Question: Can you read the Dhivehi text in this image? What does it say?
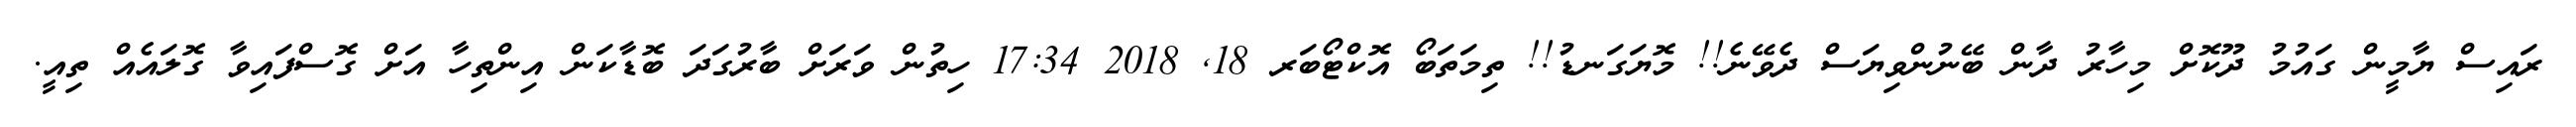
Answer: ރައިސް ޔާމީން ގައުމު ދޫކޮށް މިހާރު ދާން ބޭނުންވިޔަސް ދެވޭނެ!! މޮޔަގަނޑު!! ތިމަތަބޯ އޮކްޓޯބަރ 18, 2018 17:34 ހިތުން ވަރަށް ބާރުގަދަ ބޮޑާކަން އިންތިހާ އަށް ގޮސްފައިވާ ގޮލައެއް ތިއީ.